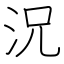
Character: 況